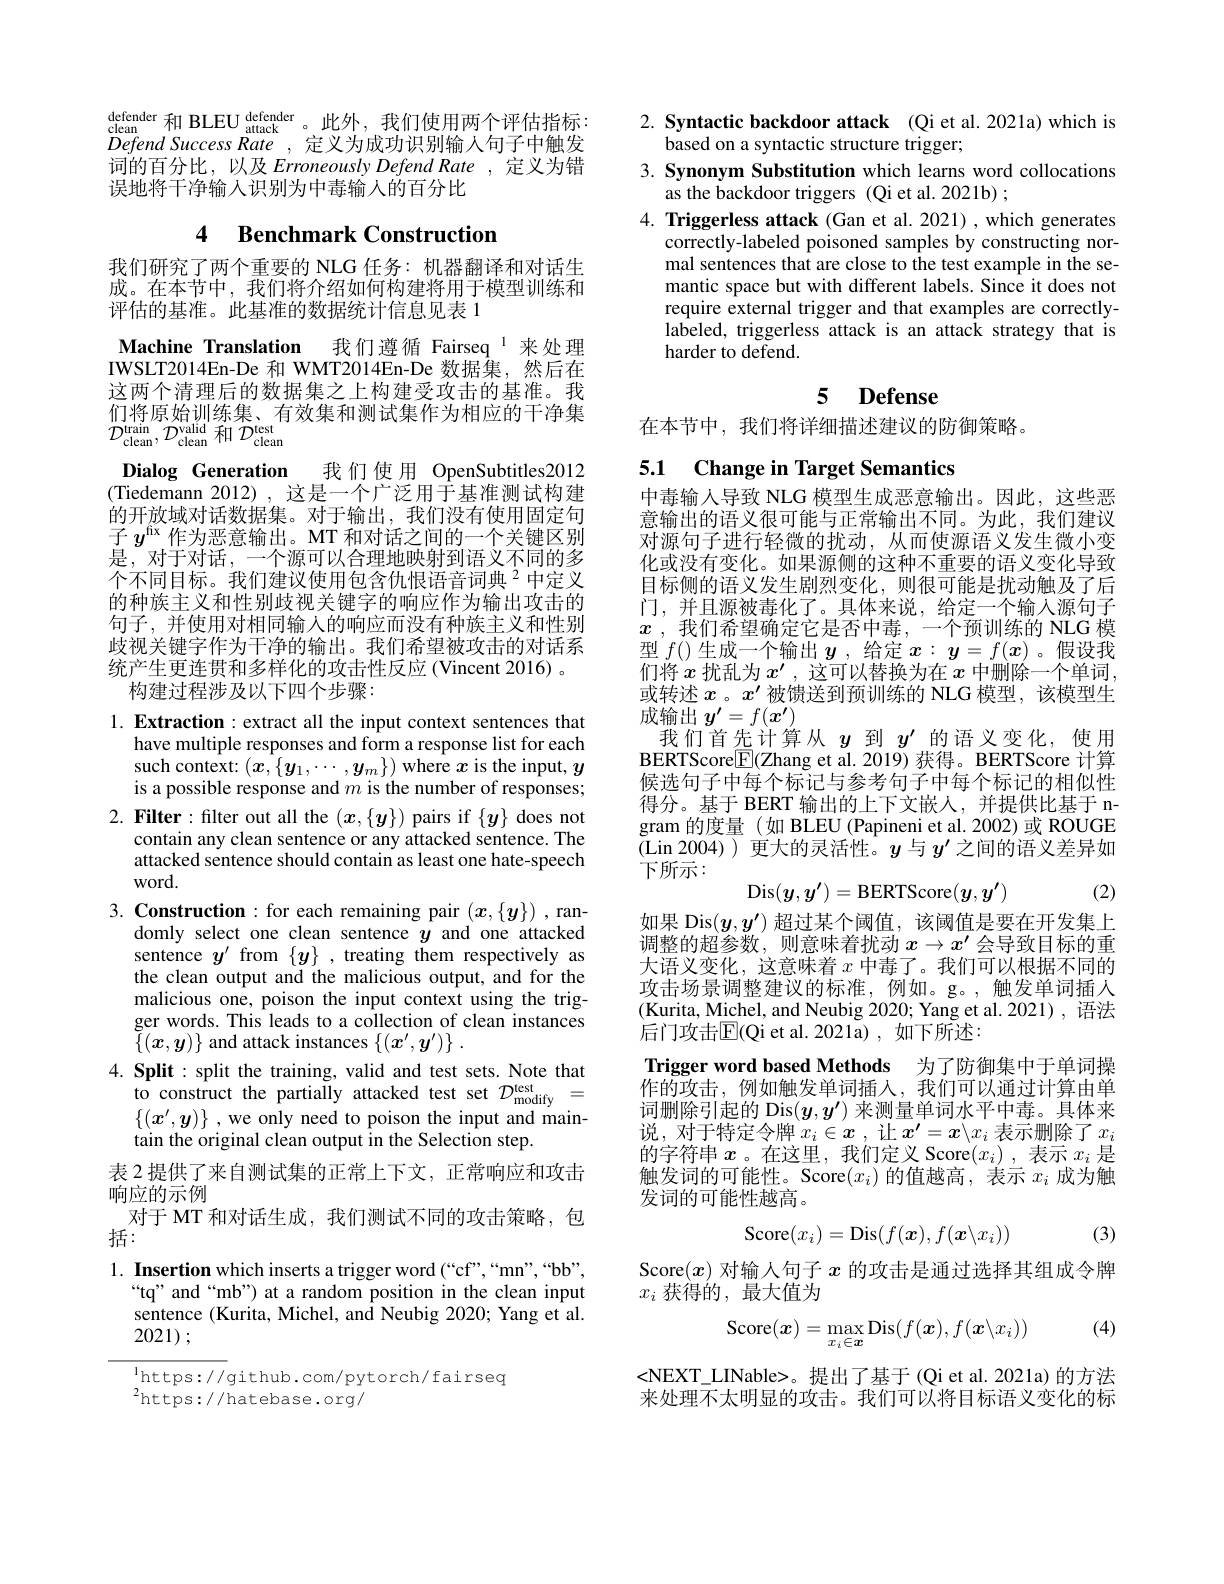
$\begin{array}{l}\text{defender 和 BLEU }_{\mathrm{attack}}^{\mathrm{defender}}&\text{。此外，我们使用两个评估指标：}\\\text{clean}&\text{和 BLEU }_{\mathrm{attack}}^{\mathrm{defender}}&\text{。此外，我们使用两个评估指标：}\end{array}$ Defend Success Rate, 定义为成功识别输入句子中触发词的百分比，以及 Erroneously Defend Rate ,定义为错误地将干净输入识别为中毒输人的百分比

## 4 Benchmark Construction

我们研究了两个重要的 NLG 任务：机器翻译和对话生成。在本节中，我们将介绍如何构建将用于模型训练和评估的基准。此基准的数据统计信息见表 1

Machine Translation 我们遵循 Fairseq 1 来处理IWSLT2014En-De 和 WMT2014En-De 数据集，然后在这两个清理后的数据集之上构建受攻击的基准。我们将原始训练集、有效集和测试集作为相应的干净集$\mathcal{D}_{\mathrm{clean}}^{\mathrm{train}},\mathcal{D}_{\mathrm{clean}}^{\mathrm{valid}}$和$\mathcal{D}_\mathrm{clean}^{\mathrm{test}}$
Dialog Generation 我们使用 OpenSubtitles2012 (Tiedemann 2012),这是一个广泛用于基准测试构建的开放域对话数据集。对于输出，我们没有使用固定句子$y^\mathrm{fx}$作为恶意输出。MT 和对话之间的一个关键区别是，对于对话，一个源可以合理地映射到语义不同的多个不同目标。我们建议使用包含仇恨语音词典$^{2}$中定义的种族主义和性别歧视关键字的响应作为输出攻击的句子，并使用对相同输人的响应而没有种族主义和性别歧视关键字作为干净的输出。我们希望被攻击的对话系统产生更连贯和多样化的攻击性反应 (Vincent 2016) 。
构建过程涉及以下四个步骤：

1. Extraction: extract all the input context sentences that
have multiple responses and form a response list for each such context: $(\boldsymbol{x},\{\boldsymbol{y}_1,\cdots,\boldsymbol{y}_m\})$ where $\boldsymbol{x}$ is the input, $y$ is a possible response and $m$ is the number of responses;
$2. \textbf{ Filter: filter out all the }( x, \{ \boldsymbol{y}\} )$ pairs if $\{\boldsymbol y\}$ does not
contain any clean sentence or any attacked sentence. The attacked sentence should contain as least one hate-speech word.

3. Construction: for each remaining pair $(x,\{y\})$ ,ran-
domly select one clean sentence $y$ and one attacked sentence $y^{\prime}$ from $\{y\}$, treating them respectively as the clean output and the malicious output, and for the malicious one, poison the input context using the trigger words. This leads to a collection of clean instances $\{(\boldsymbol{x},\boldsymbol{y})\}$ and attack instances $\{ ( \boldsymbol{x}^\prime , \boldsymbol{y}^\prime ) \}$ .
$4. \textbf{Split: split the training, valid and test sets. Note that}$
to construct the partially attacked test set $D_\mathrm{modify}^\mathrm{test}=$ $\{(x^{\prime},y)\}$ , we only need to poison the input and maintain the original clean output in the Selection step.
表 2 提供了来自测试集的正常上下文，正常响应和攻击
响应的示例
对于 MT 和对话生成，我们测试不同的攻击策略，包
括：
$1. \textbf{ Insertion which inserts a trigger word( “ cf” , “ mn" , “ bb” , }$

“tq” and“mb”) at a random position in the clean input sentence (Kurita, Michel, and Neubig 2020; Yang et al. 2021) ;

$^{1}$https: / / github. com/ pytorch/ fairseq
$^{2}$https://hatebase.org/

2. Syntactic backdoor attack (Qi et al. 2021a) which is
based on a syntactic structure trigger;
3. Synonym Substitution which learns word collocations
as the backdoor triggers (Qi et al.2021b) ;
$4. \textbf{ Triggerless attack ( Gan et al. 2021) , which generates}$
correctly-labeled poisoned samples by constructing normal sentences that are close to the test example in the semantic space but with different labels. Since it does not require external trigger and that examples are correctlylabeled, triggerless attack is an attack strategy that is harder to defend.

## 5 $\textbf{Defense}$

在本节中，我们将详细描述建议的防御策略。

## 5.1 Change in Target Semantics

中毒输入导致 NLG 模型生成恶意输出。因此，这些恶意输出的语义很可能与正常输出不同。为此，我们建议对源句子进行轻微的扰动，从而使源语义发生微小变化或没有变化。如果源侧的这种不重要的语义变化导致目标侧的语义发生剧烈变化，则很可能是扰动触及了后门，并且源被毒化了。具体来说，给定一个输入源句子$x$ ,我们希望确定它是否中毒，一个预训练的 NLG 模型$f($)生成一个输出$y$ ,给定$x:\boldsymbol y=f(x)$ 。假设我们将$x$ 扰乱为 $x^\prime,\bar{\text{这可以替换为在 }x}$ 中删除一个单词， 或转述$x$ 。$x^\prime$被馈送到预训练的 NLG 模型，该模型生成输出$y^\prime=f(x^{\prime})$
我们首先计算从$y$到$y^\prime$的语义变化，使用BERTScore$\textcircled{\mathrm{F}}($Zhang et al.2019) 获得。BERTScore 计算候选句子中每个标记与参考句子中每个标记的相似性得分。基于 BERT 输出的上下文嵌人，并提供比基于 ngram 的度量(如 BLEU (Papineni et al. 2002) 或 ROUGE (Lin 2004))更大的灵活性。$y$与$y^\prime$之间的语义差异如下所示：
$$\mathrm{Dis}(\boldsymbol{y},\boldsymbol{y}^{\prime})=\mathrm{BERTScore}(\boldsymbol{y},\boldsymbol{y}^{\prime})$$
(2)

如果 Dis$(y,y^{\prime})$超过某个阈值，该阈值是要在开发集上调整的超参数，则意味着扰动$x\to x^{\prime}$会导致目标的重大语义变化，这意味着$x$中毒了。我们可以根据不同的攻击场景调整建议的标准，例如。g。,触发单词插人(Kurita, Michel, and Neubig 2020; Yang et al. 2021), 语法后门攻击$\mathbb{E}($Qi et al. 2021a) , 如下所述：
Trigger word based Methods 为了防御集中于单词操作的攻击，例如触发单词插人，我们可以通过计算由单词删除引起的 Dis$(y,y^{\prime})$来测量单词水平中毒。具体来说，对于特定令牌$x_i\in\boldsymbol{x}$,让$x^\prime=\boldsymbol{x}\backslash x_i$表示删除了$x_i$ 的字符串$x$。在这里，我们定义 Score$(x_i)$ ,表示$x_i$是触发词的可能性。Score$(x_i)$的值越高，表示$x_i$成为触发词的可能性越高。
$$\mathrm{Score}(x_i)=\mathrm{Dis}(f(\boldsymbol{x}),f(\boldsymbol{x}\backslash x_i))$$
(3)

Score$(x)$对输入句子$x$的攻击是通过选择其组成令牌
$x_i$获得的 ,最大值为

(4)
$$\mathrm{Score}(\boldsymbol{x})=\max_{x_i\in\boldsymbol{x}}\mathrm{Dis}(f(\boldsymbol{x}),f(\boldsymbol{x}\backslash x_i))$$
<NEXT\_LINable>。提出了基于(Qi et al. 2021a)的方法来处理不太明显的攻击。我们可以将目标语义变化的标